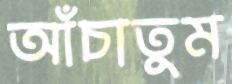
আঁচাতুম